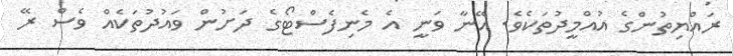
ރައްޔިތުންގެ އުއްމީދުތަކެވެ. އޭނާ ވަނީ އެ މެނިފެސްޓޯގެ ދަށުން ވައުދުތަކެއް ވެސް ރޭ